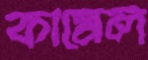
কামেল